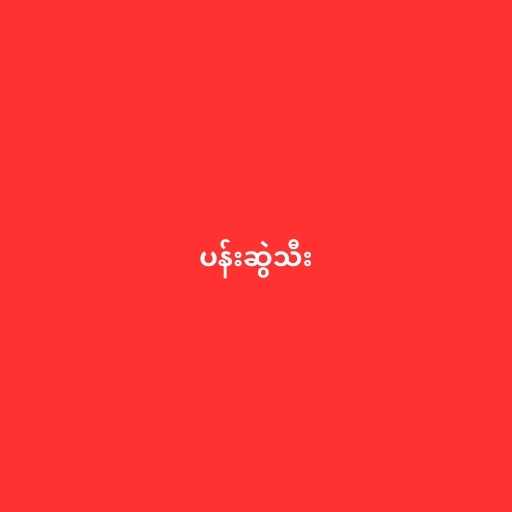
ပန်းဆွဲသီး